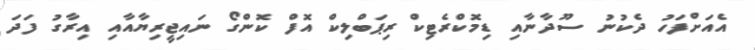
އެއަށްފަހު ދެކުނު ސޫދާނާއި ޑިމޮކްރެޓިކް ރިޕަބްލިކް އޮފް ކޮންގޯ ނައިޖީރިޔާއާއި އިރާގު ފަދަ